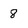
Character: 8